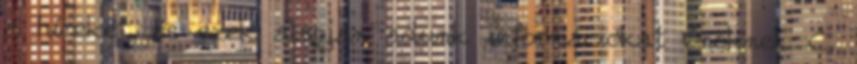
a híreket, és ezek alapján adunk információkat Önöknek C.